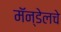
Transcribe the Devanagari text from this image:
मॅन्डेलचे